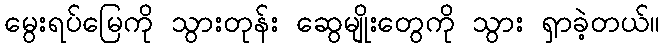
မွေးရပ်မြေကို သွားတုန်း ဆွေမျိုးတွေကို သွား ရှာခဲ့တယ်။